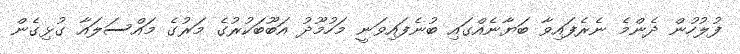
ފުލުހުން ދެންމެ ނެރެފައިވާ ބަޔާނެއްގައި ބުނެފައިވަނީ މަހުމޫދު އަބޫބަކުރުގެ މަރުގެ މައްސަލައާ ގުޅިގެން